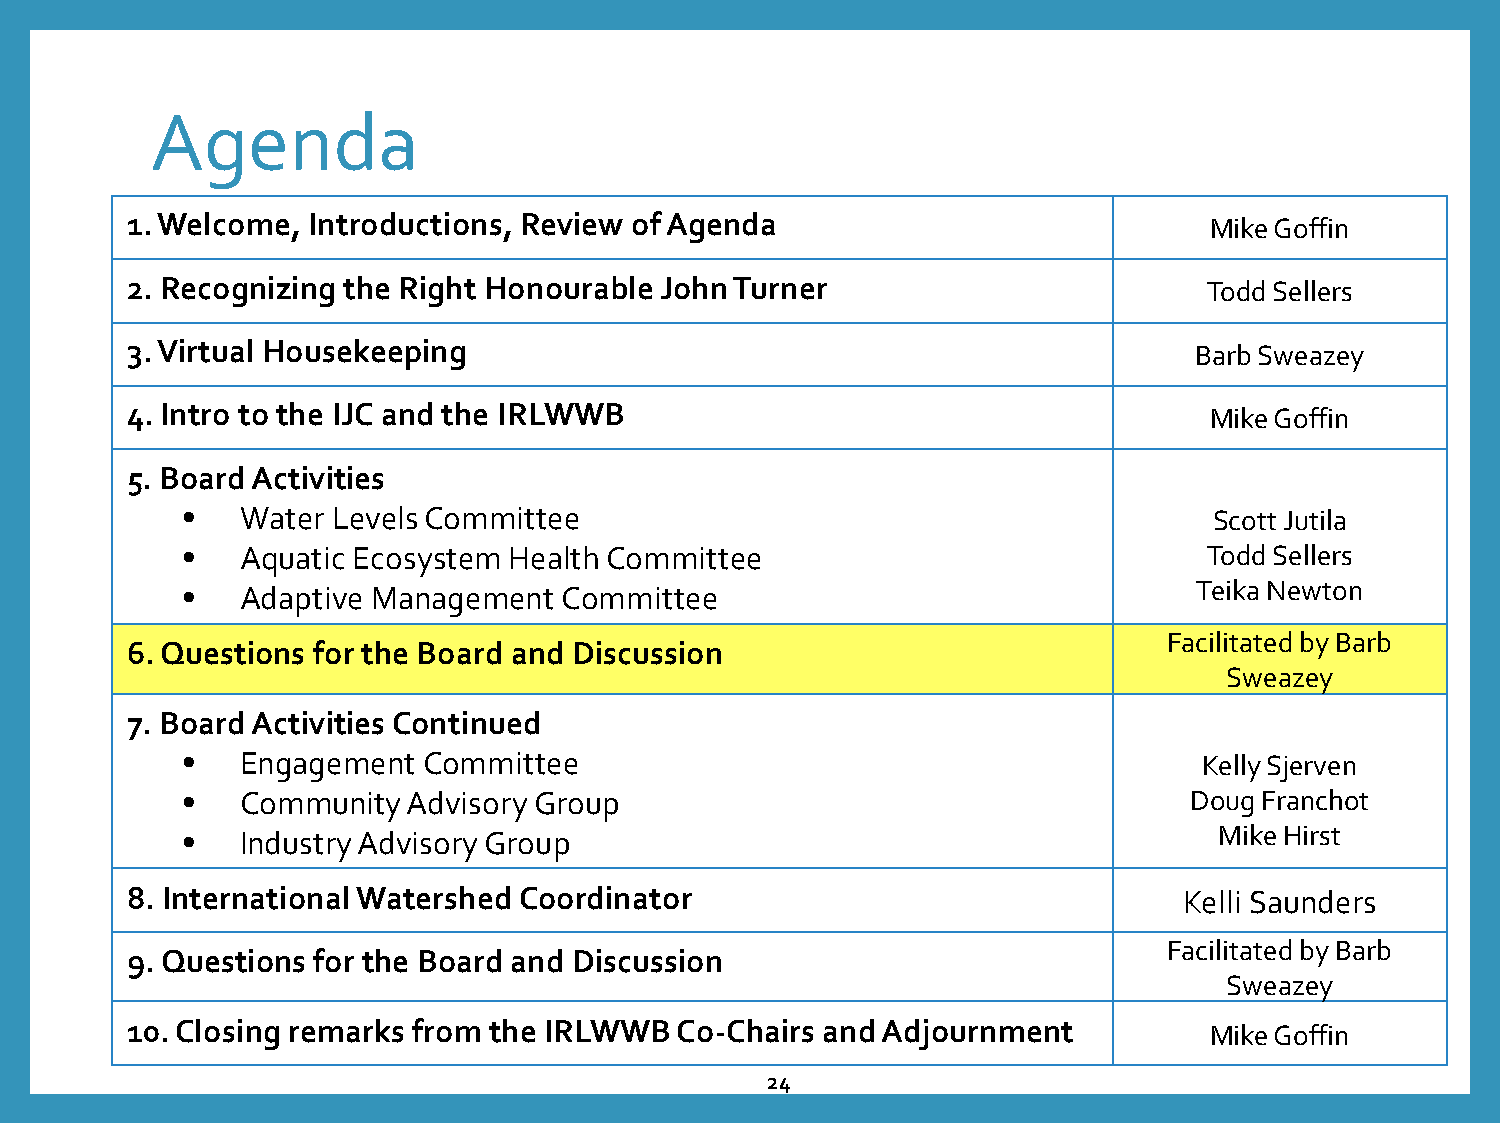
Agenda
 1. Welcome, Introductions, Review of Agenda                             Mike Goffin
 2. Recognizing the Right Honourable John Turner                         Todd Sellers
 3. Virtual Housekeeping                                                Barb Sweazey
 4. Intro to the IJC and the IRLWWB                                      Mike Goffin
 5. Board Activities
 •   Water Levels Committee                                          Scott Jutila
 •   Aquatic Ecosystem Health Committee                              Todd Sellers
 •   Adaptive Management  Committee                                 Teika Newton
 Facilitated by Barb
 6. Questions for the Board and Discussion
 Sweazey
 7. Board Activities Continued
 •   Engagement  Committee                                           Kelly Sjerven
 •   Community  Advisory Group                                      Doug Franchot
 •   Industry Advisory Group                                          Mike Hirst
 8. International Watershed Coordinator                                Kelli Saunders
 Facilitated by Barb
 9. Questions for the Board and Discussion
 Sweazey
 10. Closing remarks from the IRLWWB  Co-Chairs and Adjournment          Mike Goffin
 24